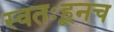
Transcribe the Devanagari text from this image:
स्वतःहूनच